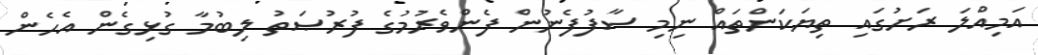
އަމިއްލަ ރަށުގައި ތިޔަކަންތައް ނިމި ސާފުފެނުން ފެންވެރުމުގެ ފުރުޞަތު ލިބުމާ ގުޅިގެން އެހެން